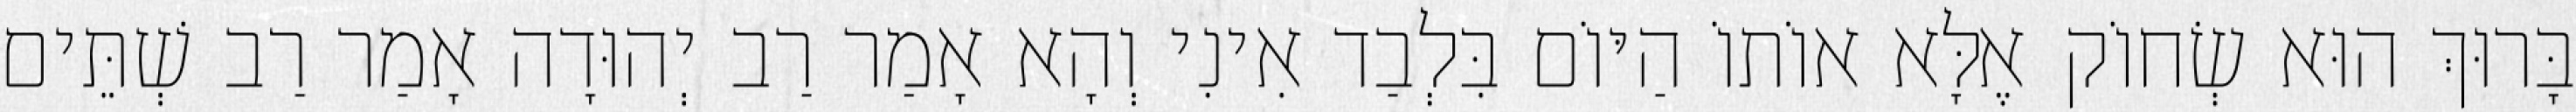
בָּרוּךְ הוּא שְׂחוֹק אֶלָּא אוֹתוֹ הַיּוֹם בִּלְבַד אִינִי וְהָא אָמַר רַב יְהוּדָה אָמַר רַב שְׁתֵּים